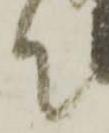
て